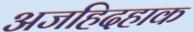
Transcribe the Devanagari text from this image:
अजहिदहाक